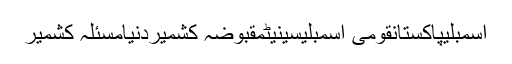
اسمبلیپاکستانقومی اسمبلیسینیٹمقبوضہ کشمیردنیامسئلہ کشمیر